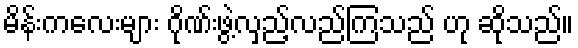
မိန်းကလေးများ ဂိုဏ်းဖွဲ့လှည့်လည်ကြသည် ဟု ဆိုသည်။